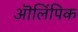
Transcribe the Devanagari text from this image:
ऒलिंपिक